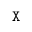
{ \tt X }